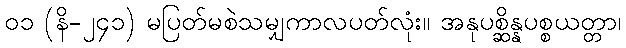
၀၁ (နိ-၂၄၁) မပြတ်မစဲသမျှကာလပတ်လုံး။ အနုပစ္ဆိန္နပစ္စယတ္တာ၊